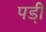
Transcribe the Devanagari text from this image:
पडी़